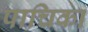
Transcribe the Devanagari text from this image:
पाचिका